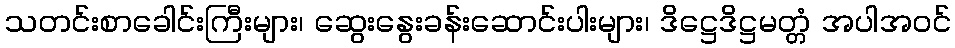
သတင်းစာခေါင်းကြီးများ၊ ဆွေးနွေးခန်းဆောင်းပါးများ၊ ဒိဋ္ဌေဒိဋ္ဌမတ္တံ အပါအဝင်